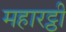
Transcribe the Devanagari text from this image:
महारट्ठी